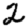
Digit: 2